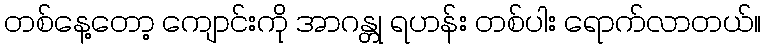
တစ်နေ့တော့ ကျောင်းကို အာဂန္တု ရဟန်း တစ်ပါး ရောက်လာတယ်။